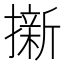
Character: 𭢭